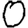
Digit: 0